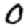
Digit: 0